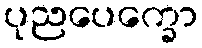
ပုညပေက္ခော